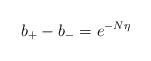
LaTeX: \begin{align*}b_+ -b_- =e^{-N \eta}\end{align*}